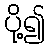
ပို့၍